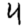
Digit: 4